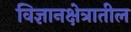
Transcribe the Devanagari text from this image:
विज्ञानक्षेत्रातील